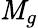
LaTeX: \mathit{M}_{g}